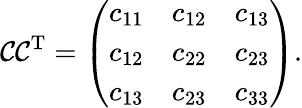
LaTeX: \mathcal{C}\mathcal{C}^{\mathrm{T}}=\left(\begin{array}{lll}{c_{11}}&{c_{12}}&{c_{13}}\\ {c_{12}}&{c_{22}}&{c_{23}}\\ {c_{13}}&{c_{23}}&{c_{33}}\end{array}\right).